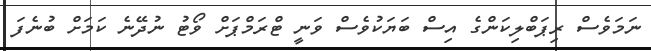
ނަމަވެސް ރިޕަބްލިކަންގެ އިސް ބަޔަކުވެސް ވަނީ ޓްރަމްޕަށް ވޯޓު ނުދޭނެ ކަމަށް ބުނެފަ